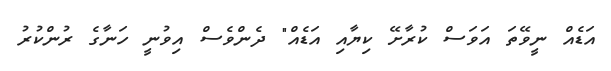
އަޑެއް ނީވޭތަ އަވަސް ކުރާށޭ ކިޔާއި އަޑެއް" ދެންވެސް އިވުނީ ހަނާގެ ރުންކުރު